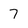
Character: 7